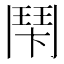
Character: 𩰍